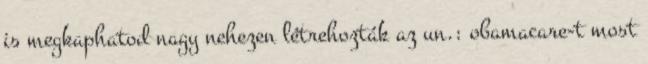
is megkaphatod nagy nehezen létrehozták az un.: obamacare-t most